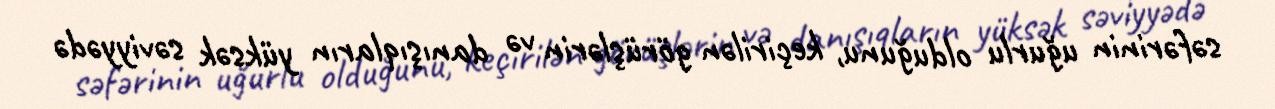
səfərinin uğurlu olduğunu, keçirilən görüşlərin və danışıqların yüksək səviyyədə